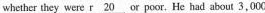
whether they were \underline{r20} or poor. He had about 3,000